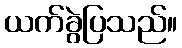
ယက်ခွဲပြသည်။